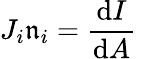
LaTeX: J_{i}\mathfrak{n}_{i}={\frac{{\mathrm{{d}}I}}{{\mathrm{{d}}A}}}\,